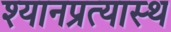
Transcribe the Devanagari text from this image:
श्यानप्रत्यास्थ